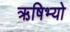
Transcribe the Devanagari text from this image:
ऋषिभ्यो